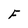
Character: F